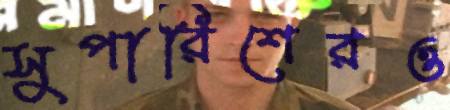
সুপারিশেরও